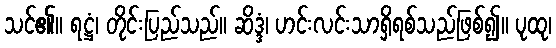
သင်၏။ ရဋ္ဌံ၊ တိုင်းပြည်သည်။ ဆိဒ္ဒံ၊ ဟင်းလင်းသာရှိရစ်သည်ဖြစ်၍။ ပုထု၊